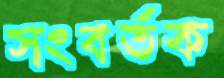
সংবর্তক